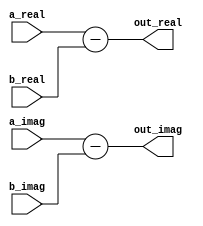
module complex_sub(

	input 	[63:0]		a_real,
	input 	[63:0]		a_imag,
	input 	[63:0]		b_real,
	input 	[63:0]		b_imag,
	
	output	[63:0]		out_real,
	output	[63:0]		out_imag
	
);

	assign out_real=a_real-b_real;
	assign out_imag=a_imag-b_imag;


endmodule